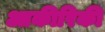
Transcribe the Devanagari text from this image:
आकीरिकी